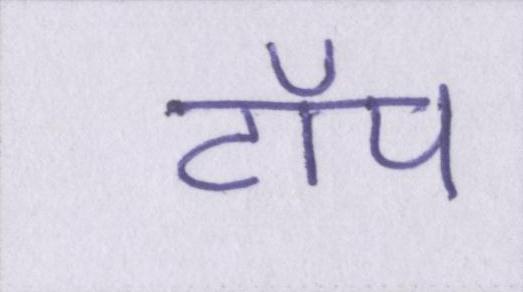
टॉप